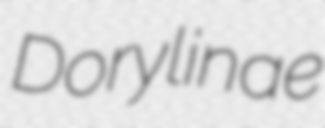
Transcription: Dorylinae